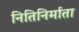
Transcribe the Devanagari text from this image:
नितिनिर्माता